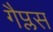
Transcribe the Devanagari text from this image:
गैप्लस